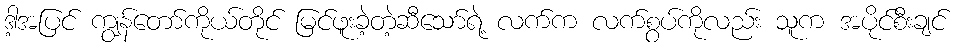
ဒါ့အပြင် ကျွန်တော်ကိုယ်တိုင် မြင်ဖူးခဲ့တဲ့ဆီသော်ရဲ့ လက်က လက်စွပ်ကိုလည်း သူက အပိုင်စီးချင်